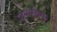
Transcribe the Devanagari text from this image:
गुरूपत्नीच्या